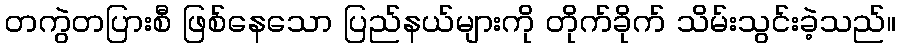
တကွဲတပြားစီ ဖြစ်နေသော ပြည်နယ်များကို တိုက်ခိုက် သိမ်းသွင်းခဲ့သည်။